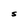
Character: S